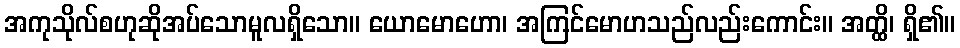
အကုသိုလ်စဟုဆိုအပ်သောမူလရှိသော။ ယောမောဟော၊ အကြင်မောဟသည်လည်းကောင်း။ အတ္ထိ၊ ရှိ၏။